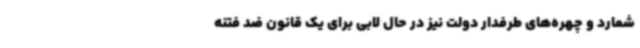
‌شمارد و چهره‌های طرفدار دولت نیز در حال لابی برای یک قانون ضد فتنه